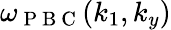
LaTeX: \omega_{\mathrm{~P~B~C~}}(k_{1},k_{y})